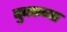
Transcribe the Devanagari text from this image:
बुक्कच्या